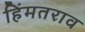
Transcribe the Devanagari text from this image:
हिंमतराव